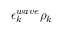
\epsilon _ { k } ^ { w a v e } \rho _ { k }